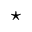
\star